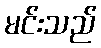
မင်းသည်